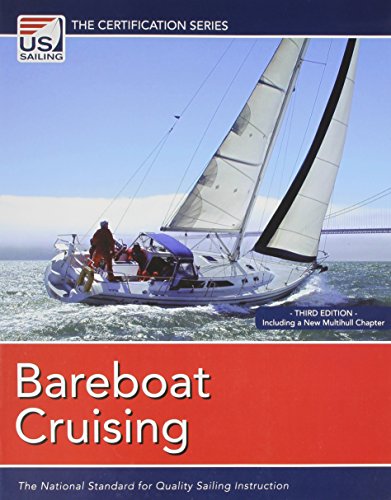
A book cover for Bareboat Cruising; Diana Jessee; Sports & Outdoors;